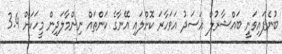
ބުނެފައިވަނީ ބައްޝާރުލް އަސަދު އަވަހާރަ ކޮށްލައި އޭނާގެ ކަންތައް ނިންމާލަދިން މީހަކަށް 3.4